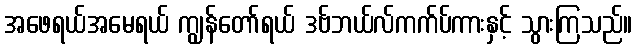
အဖေရယ်အမေရယ် ကျွန်တော်ရယ် ဒဗ်ဘယ်လ်ကက်ပ်ကားနှင့် သွားကြသည်။